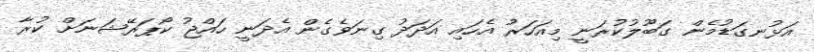
އަޅުނގަޑުމެން ގަބޫލުކުރަނީ މިއަހަރު އެހައި އަދަދު ގިނަވެގެން އެދަނީ ހައްޖު ކޯޕަރޭޝަނަށް ކުރާ